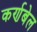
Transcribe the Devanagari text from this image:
कर्णबेल